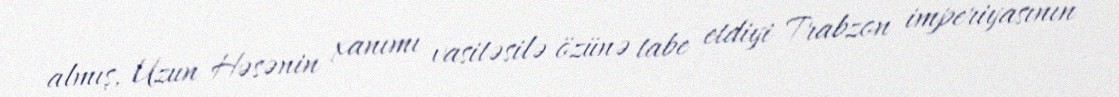
almış, Uzun Həsənin xanımı vasitəsilə özünə tabe etdiyi Trabzon imperiyasının